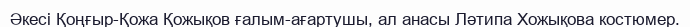
Әкесі Қоңғыр-Қожа Қожықов ғалым-ағартушы, ал анасы Ләтипа Хожықова костюмер.